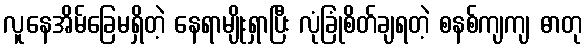
လူနေအိမ်ခြေမရှိတဲ့ နေရာမျိုးရှာပြီး လုံခြုံစိတ်ချရတဲ့ စနစ်ကျကျ ဓာတု